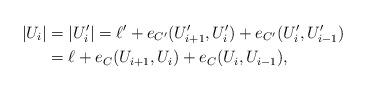
LaTeX: \begin{align*}|U_i|&=|U_i'|=\ell'+e_{C'}(U_{i+1}', U_i')+e_{C'}(U_i', U_{i-1}')\\&=\ell+e_C(U_{i+1}, U_i)+e_C(U_i, U_{i-1}),\end{align*}